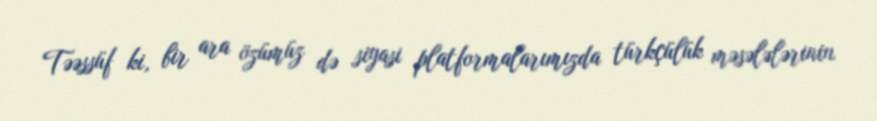
Təəssüf ki, bir ara özümüz də siyasi platformalarımızda türkçülük məsələlərinin